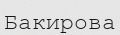
Бакирова